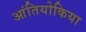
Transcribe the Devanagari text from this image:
आंतियोकिया